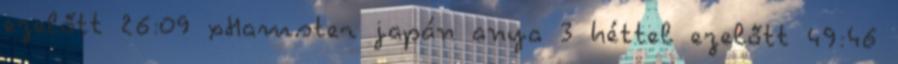
ezelőtt 26:09 xHamster japán anya 3 héttel ezelőtt 49:46